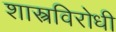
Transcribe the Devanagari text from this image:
शास्त्रविरोधी